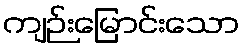
ကျဉ်းမြောင်းသော